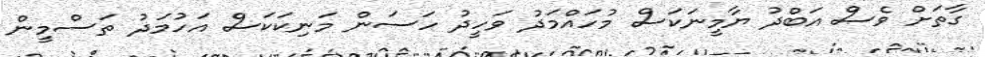
ގާތަށް ވެސް އަބްދު ޔާމީނަކަސް މުހައްމަދު ވަހީދު ހަސަން މަނިކަކަސް އަހުމަދު ތަސްމީން